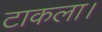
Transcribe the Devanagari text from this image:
टाकला।